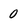
Character: 0